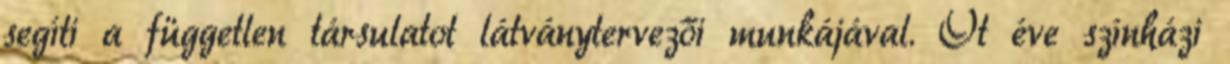
segíti a független társulatot látványtervezői munkájával. Öt éve színházi